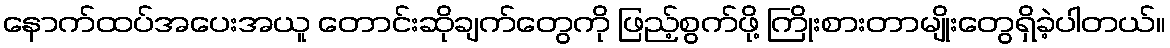
နောက်ထပ်အပေးအယူ တောင်းဆိုချက်တွေကို ဖြည့်စွက်ဖို့ ကြိုးစားတာမျိုးတွေရှိခဲ့ပါတယ်။